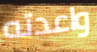
واعدته